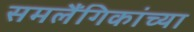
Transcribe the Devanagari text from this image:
समलैंगिकांच्या